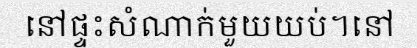
នៅផ្ទះសំណាក់មួយយប់។នៅ